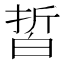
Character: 𰤙